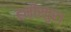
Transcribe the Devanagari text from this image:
हमीरपुर।